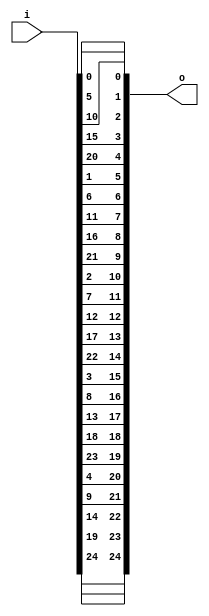
module bsg_transpose_width_p5_els_p5
(
  i,
  o
);

  input [24:0] i;
  output [24:0] o;
  wire [24:0] o;
  assign o[24] = i[24];
  assign o[23] = i[19];
  assign o[22] = i[14];
  assign o[21] = i[9];
  assign o[20] = i[4];
  assign o[19] = i[23];
  assign o[18] = i[18];
  assign o[17] = i[13];
  assign o[16] = i[8];
  assign o[15] = i[3];
  assign o[14] = i[22];
  assign o[13] = i[17];
  assign o[12] = i[12];
  assign o[11] = i[7];
  assign o[10] = i[2];
  assign o[9] = i[21];
  assign o[8] = i[16];
  assign o[7] = i[11];
  assign o[6] = i[6];
  assign o[5] = i[1];
  assign o[4] = i[20];
  assign o[3] = i[15];
  assign o[2] = i[10];
  assign o[1] = i[5];
  assign o[0] = i[0];

endmodule